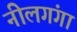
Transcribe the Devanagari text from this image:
नीलगंगा